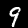
Digit: 9